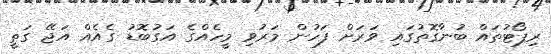
ރިޕޯޓުތައް ބުނާގޮތުގައި ވަރަށް ފަހުން މަރުވި މީހެއްގެ އަގުބޮޑު ގެއެއް އަޖޭ ގަތީ